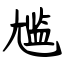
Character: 尴